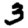
Digit: 3